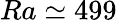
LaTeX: Ra\simeq 499